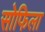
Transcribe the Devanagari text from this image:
सोफिला